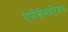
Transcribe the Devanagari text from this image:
एपोसेमाटिज़म